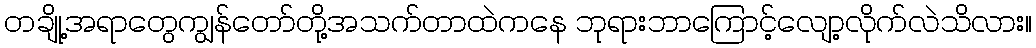
တချို့အရာတွေကျွန်တော်တို့အသက်တာထဲကနေ ဘုရားဘာကြောင့်လျော့လိုက်လဲသိလား။